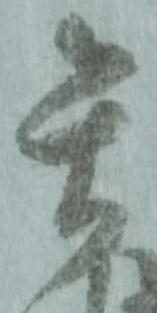
矢